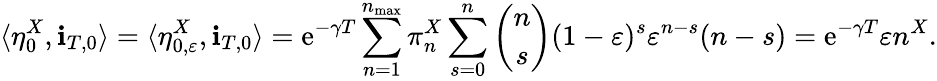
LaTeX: \langle\eta_{0}^{X},\mathbf{i}_{T,0}\rangle=\langle\eta_{0,\varepsilon}^{X},\mathbf{i}_{T,0}\rangle=\mathrm{e}^{-\gamma T}\sum_{n=1}^{n_{\operatorname*{max}}}\pi_{n}^{X}\sum_{s=0}^{n}\binom{n}{s}(1-\varepsilon)^{s}\varepsilon^{n-s}(n-s)=\mathrm{e}^{-\gamma T}\varepsilon n^{X}.